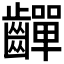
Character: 𪙣